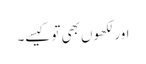
اور لکھوں بھی تو کیسے۔